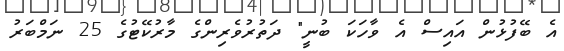
އެ ބޭފުޅުން އައިސް އެ ވާހަކަ ބުނީ" ދަތުރުވެރިންގެ މާރުކޭޓުގެ 25 ނަމްބަރު